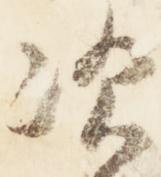
次